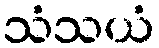
သံသယံ